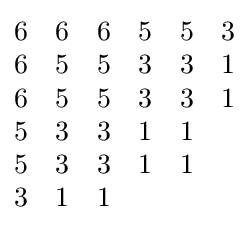
{\begin{matrix}6&6&6&5&5&3\\6&5&5&3&3&1\\6&5&5&3&3&1\\5&3&3&1&1&\\5&3&3&1&1&\\3&1&1&&&\end{matrix}}